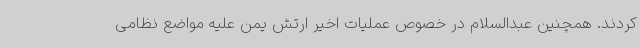
کردند. همچنین عبدالسلام در خصوص عملیات اخیر ارتش یمن علیه مواضع نظامی